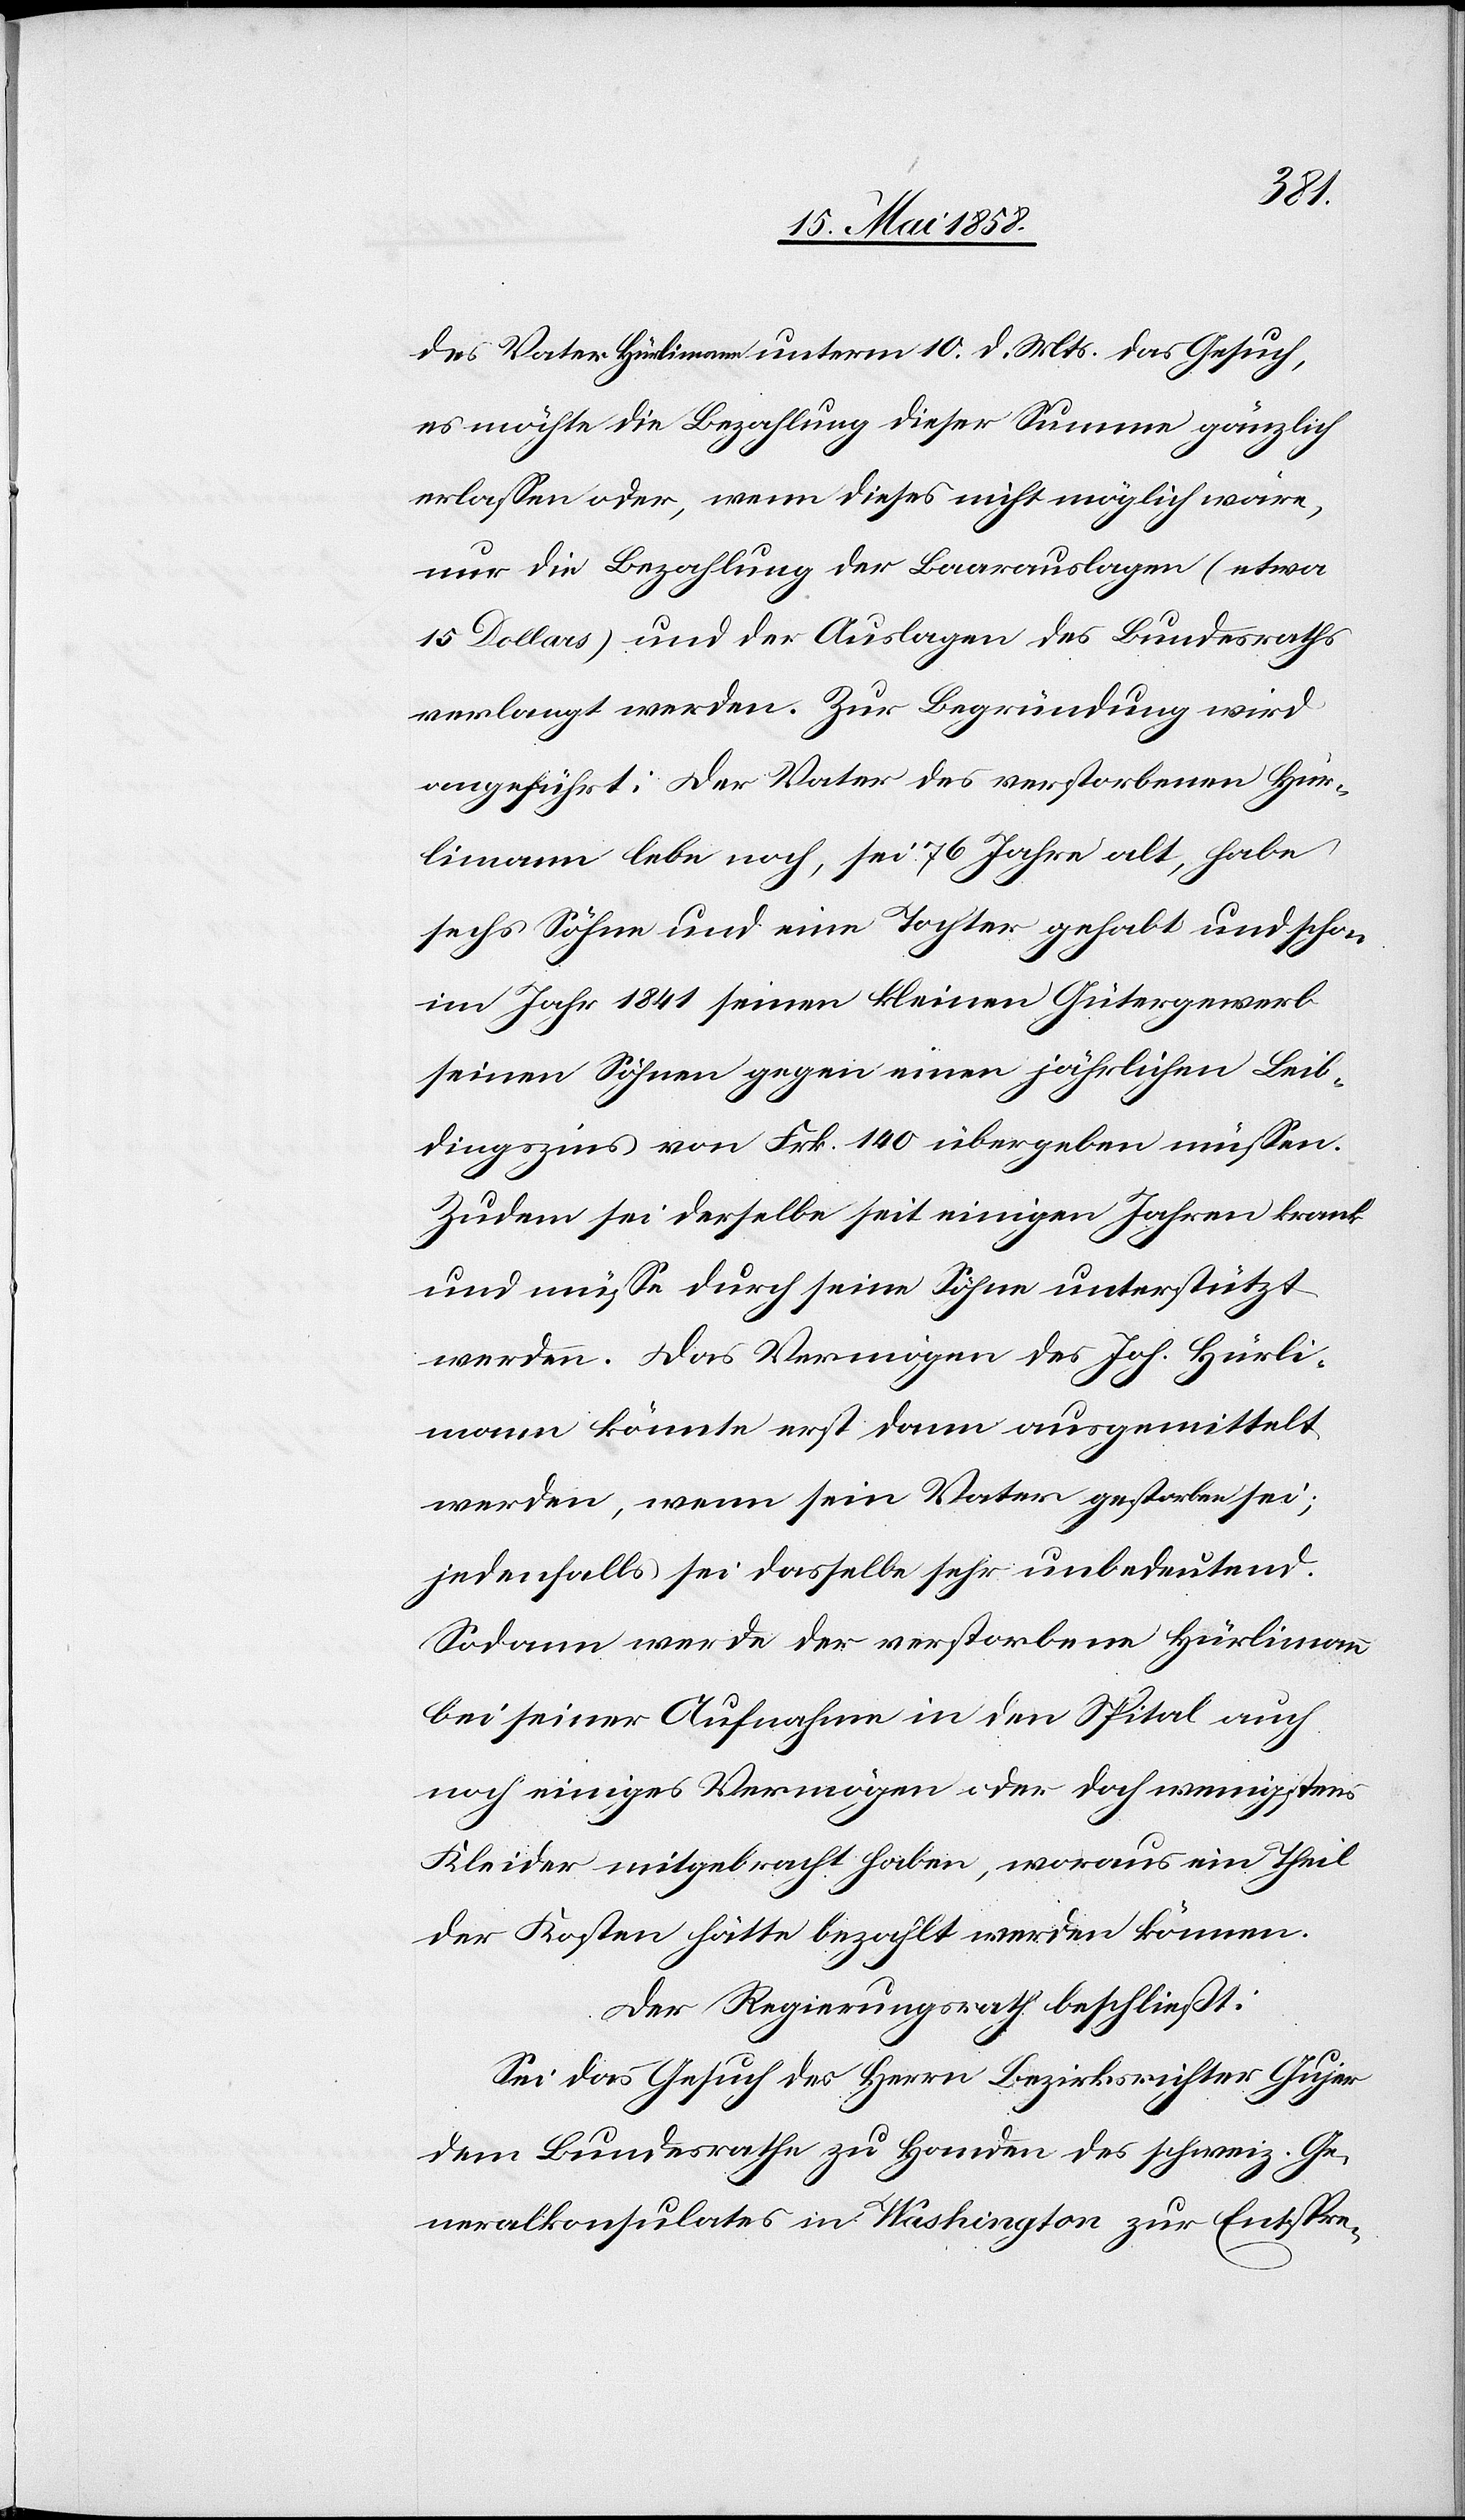
des Vater Hürlimann unterm 10. d. Mts. das Gesuch,
es möchte die Bezahlung dieser Summe gänzlich
erlassen oder, wenn dieses nicht möglich wäre,
nur die Bezahlung der Baarauslagen (etwa
15 Dollars) und der Auslagen des Bundesrathes
verlangt werden. Zur Begründung wird
angeführt: Der Vater des verstorbenen Hür¬
limann lebe noch, sei 76 Jahre alt, habe
sechs Söhne und eine Tochter gehabt und schon
im Jahr 1841 seinen kleinen Gütergewerb
seinen Söhnen gegen einen jährlichen Leib¬
dingszins von Frk. 140 übergeben müssen.
Zudem sei derselbe seit einigen Jahren krank
und müsse durch seine Söhne unterstützt
werden. Das Vermögen des Joh. Hürli¬
mann könnte erst dann ausgemittelt
werden, wenn sein Vater gestorben sei;
jedenfalls sei dasselbe sehr unbedeutend.
Sodann wird der verstorbene Hürlimann
bei seiner Aufnahme in den Spital auch
noch einiges Vermögen oder doch wenigstens
Kleider mitgebracht haben, woraus ein Theil
der Kosten hätte bezahlt werden können.
De Regierungsrath beschließt:
Sei das Gesuch des Herrn Bezirksrichter Gujer
dem Bundesrathe zu Handen des schweiz. Ge¬
neralkonsulates in Washington zur Entspre-